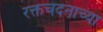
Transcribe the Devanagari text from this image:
रक्तचंदनाच्या